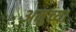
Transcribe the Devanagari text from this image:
अमुच्या